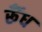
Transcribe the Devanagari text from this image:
र्रूँध